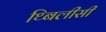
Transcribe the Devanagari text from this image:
थ्बिलीसी